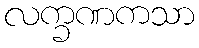
လက္ခဏကသာ